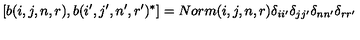
[ b ( i , j , n , r ) , b ( i ^ { \prime } , j ^ { \prime } , n ^ { \prime } , r ^ { \prime } ) ^ { * } ] = N o r m ( i , j , n , r ) \delta _ { i i ^ { \prime } } \delta _ { j j ^ { \prime } } \delta _ { n n ^ { \prime } } \delta _ { r r ^ { \prime } }